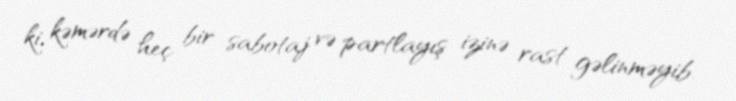
ki, kəmərdə heç bir sabotaj və partlayış izinə rast gəlinməyib.